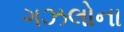
ગઝલોના